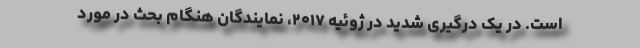
است. در یک درگیری شدید در ژوئیه ۲۰۱۷، نمایندگان هنگام بحث در مورد